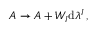
\begin{array} { r } { A \to A + W _ { I } \mathrm { d } \lambda ^ { I } \, , } \end{array}